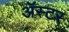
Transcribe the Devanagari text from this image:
ॲस्टर